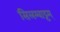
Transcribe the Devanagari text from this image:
सिलम्बाट्टम्